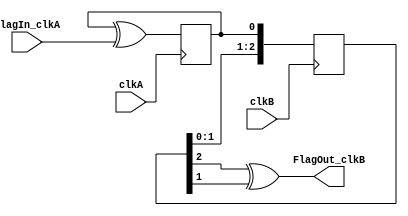
module flag_cross_domain(
    input clkA,
    input FlagIn_clkA, 
    input clkB,
    output FlagOut_clkB
);

// this changes level when the FlagIn_clkA is seen in clkA
reg FlagToggle_clkA;
initial FlagToggle_clkA <= 0;
always @(posedge clkA) FlagToggle_clkA <= FlagToggle_clkA ^ FlagIn_clkA;

// which can then be sync-ed to clkB
reg [2:0] SyncA_clkB;
initial SyncA_clkB<=3'b000;
always @(posedge clkB) SyncA_clkB <= {SyncA_clkB[1:0], FlagToggle_clkA};

// and recreate the flag in clkB
assign FlagOut_clkB = (SyncA_clkB[2] ^ SyncA_clkB[1]);
endmodule